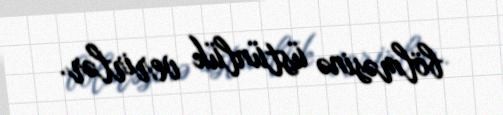
bölməsinə üstünlük verirlər.